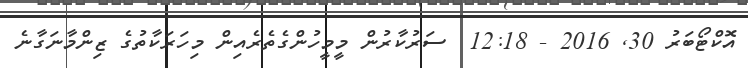
އޮކްޓޯބަރު 30